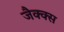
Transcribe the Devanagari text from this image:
जैक्क्स